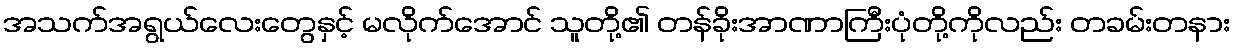
အသက်အရွယ်လေးတွေနှင့် မလိုက်အောင် သူတို့၏ တန်ခိုးအာဏာကြီးပုံတို့ကိုလည်း တခမ်းတနား